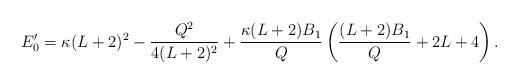
LaTeX: \begin{align*} E'_0 = \kappa(L+2)^2 - \frac{Q^2}{4(L+2)^2} + \frac{\kappa(L+2)B_1}{Q} \left(\frac{(L+2)B_1}{Q} + 2L +4 \right).\end{align*}